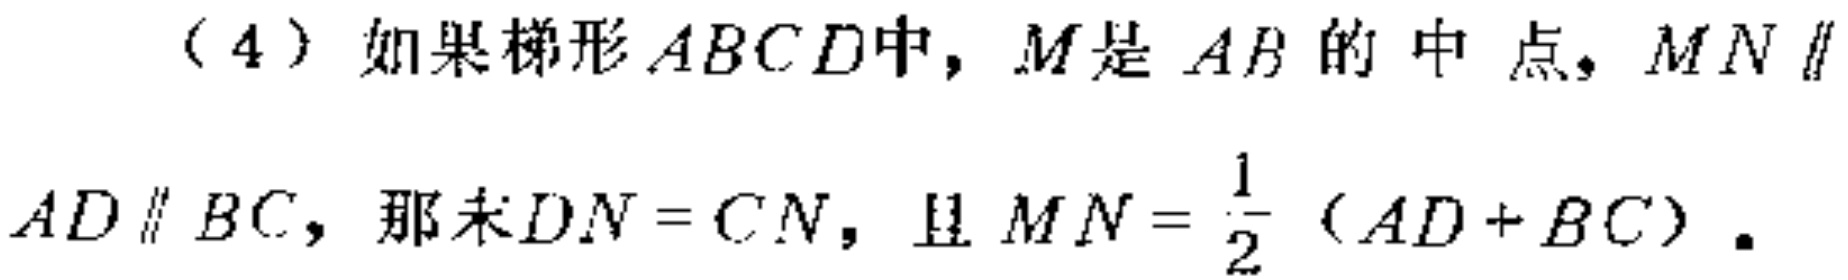
（4）如果梯形\(ABCD\)中，\(M\)是\(AB\)的中点，\(MN\parallel AD\parallel BC\)，那末\(DN = CN\)，且\(MN=\frac{1}{2}(AD + BC)\)。